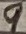
Text: 9